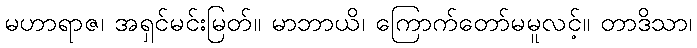
မဟာရာဇ၊ အရှင်မင်းမြတ်။ မာဘာယိ၊ ကြောက်တော်မမူလင့်။ တာဒိသာ၊